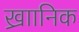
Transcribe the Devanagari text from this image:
ख्राानिक